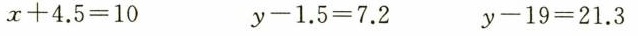
$$x + 4.5 = 10$$ $$y - 1.5 = 7.2$$ $$y - 19 = 21.3$$